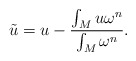
\begin{align*}\tilde u = u - \frac{\int_M u \omega^n}{\int_M \omega^n}.\end{align*}